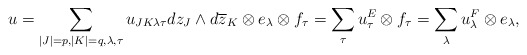
\begin{align*} u=\sum_{|J|=p,|K|=q,\lambda,\tau}u_{JK\lambda\tau}dz_J\wedge d\overline{z}_K\otimes e_\lambda\otimes f_\tau=\sum_\tau u^E_\tau\otimes f_\tau=\sum_\lambda u^F_\lambda \otimes e_\lambda, \end{align*}